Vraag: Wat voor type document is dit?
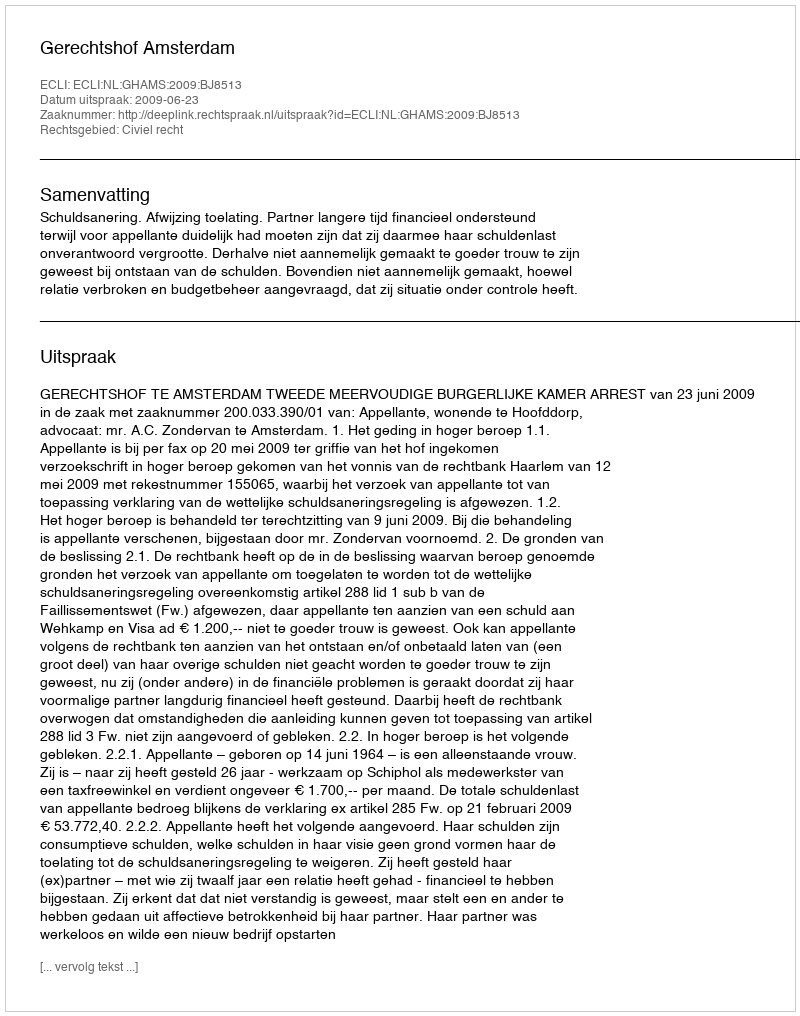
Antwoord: Uitspraak